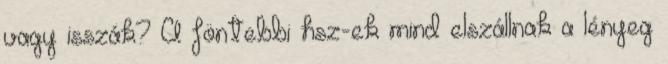
vagy isszák? A föntebbi hsz-ek mind elszállnak a lényeg